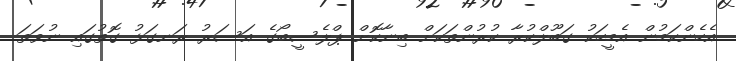
އެހެންކަމުން އެމީހަކު ގަބޫލްކުރާ ކުރުންތަކަށް ބިނާކޮށް ޕްލެސީބޯގެ އަސަރު ރަނގަޅު ގޮތުގައި ނުވަތަ